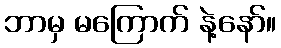
ဘာမှ မကြောက် နဲ့နော်။